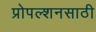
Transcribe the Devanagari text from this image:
प्रोपल्शनसाठी